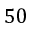
5 0